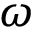
\omega